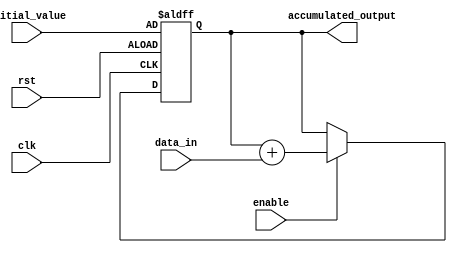
module accumulator(
    input wire clk,
    input wire rst,
    input wire enable,
    input wire [31:0] data_in,
    input wire [31:0] initial_value,
    output reg [31:0] accumulated_output
);

reg [31:0] accumulator_reg;

always @(posedge clk or posedge rst) begin
    if (rst) begin
        accumulator_reg <= initial_value;
    end else begin
        if (enable) begin
            accumulator_reg <= accumulator_reg + data_in;
        end
    end
end

assign accumulated_output = accumulator_reg;

endmodule